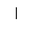
Letter: _alif